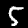
Digit: 5